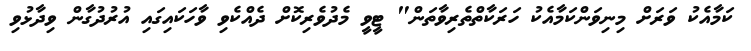
ކަމާއެކު ވަރަށް މިނިވަންކަމާއެކު ހަރަކާތްތެރިވާތަން" ޓީވީ މެދުވެރިކޮށް ދެއްކެވި ވާހަކައިގައި އުރުދުގާން ވިދާޅުވި